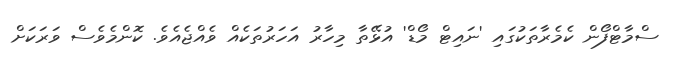
ސްމާޓްފޯން ކެމެރާތަކުގައި 'ނައިޓް މޯޑް' އުޅޭތާ މިހާރު އަހަރުތަކެއް ވެއްޖެއެވެ. ކޮންމެވެސް ވަރަކަށް